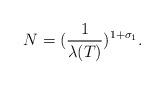
LaTeX: \begin{align*}N=(\frac{1}{\lambda(T)})^{1+\sigma_{1}}.\end{align*}